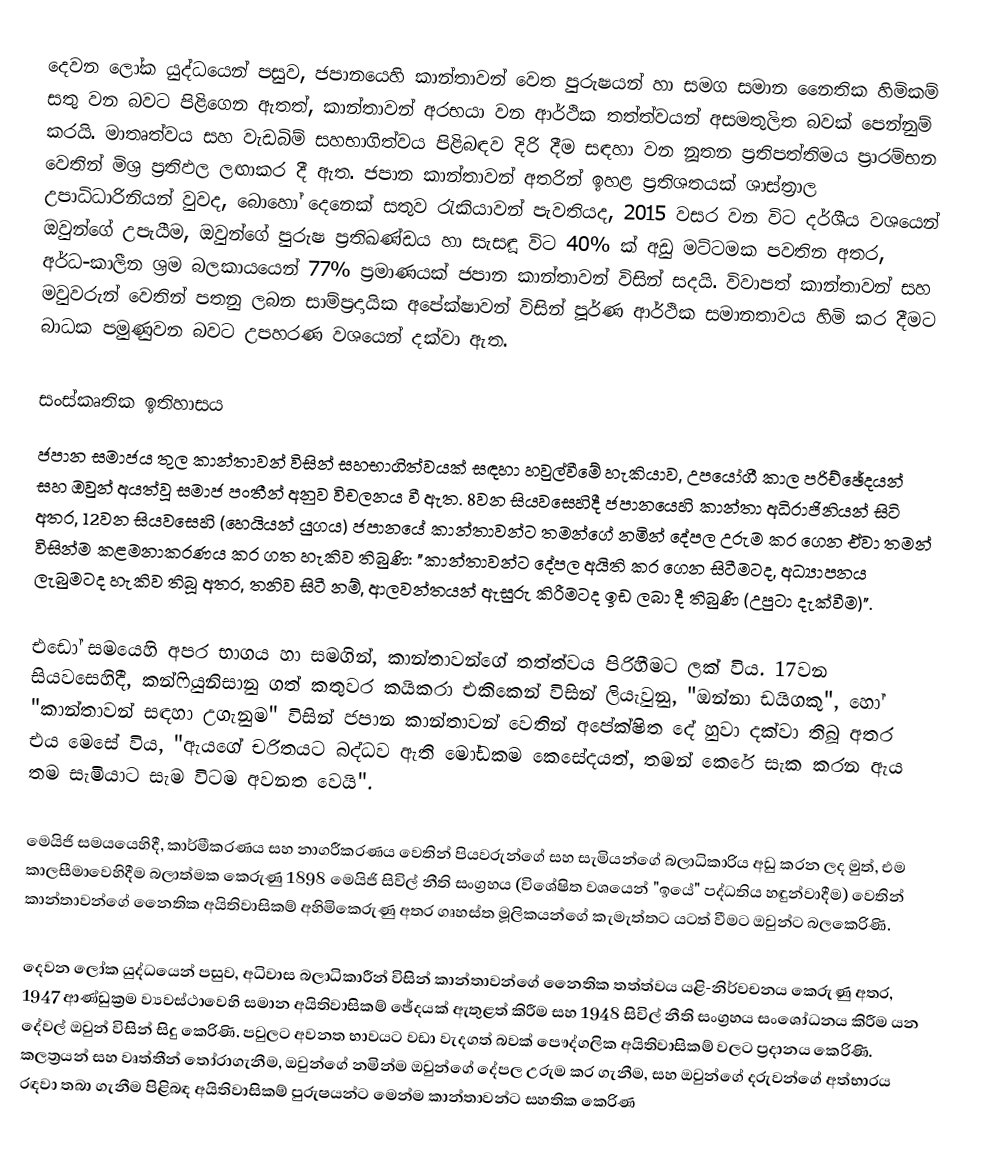
දෙවන ලෝක යුද්ධයෙන් පසුව, ජපානයෙහි කාන්තාවන් වෙත පුරුෂයන්  හා සමග සමාන නෛතික හිමිකම් සතු වන බවට පිළිගෙන ඇතත්,  කාන්තාවන් අරභයා වන ආර්ථික තත්ත්වයන් අසමතුලිත බවක් පෙන්නුම් කරයි. මාතෘත්වය සහ වැඩබිම් සහභාගිත්වය පිළිබඳව දිරි දීම සඳහා වන නූතන ප්‍රතිපත්තිමය ප්‍රාරම්භන වෙතින් මිශ්‍ර ප්‍රතිඵල ලඟාකර දී ඇත. ජපාන කාන්තාවන් අතරින් ඉහළ ප්‍රතිශතයක් ශාස්ත්‍රාල උපාධිධාරිනියන් වුවද, බොහෝ දෙනෙක් සතුව රැකියාවන් පැවතියද, 2015 වසර වන විට දර්ශීය වශයෙන් ඔවුන්ගේ උපැයීම, ඔවුන්ගේ පුරුෂ  ප්‍රතිඛණ්ඩය හා සැසඳූ විට 40% ක් අඩු මට්ටමක පවතින අතර, අර්ධ-කාලීන ශ්‍රම බලකායයෙන් 77% ප්‍රමාණයක් ජපාන කාන්තාවන් විසින් සදයි. විවාපත් කාන්තාවන් සහ මවුවරුන් වෙතින් පතනු ලබන සාම්ප්‍රදායික අපේක්ෂාවන් විසින් පූර්ණ ආර්ථික සමානතාවය හිමි කර දීමට බාධක පමුණුවන බවට උපහරණ වශයෙන් දක්වා ඇත.

සංස්කෘතික ඉතිහාසය
ජපාන සමාජය තුල කාන්තාවන් විසින් සහභාගිත්වයක් සඳහා හවුල්වීමේ හැකියාව, උපයෝගී කාල පරිච්ඡේදයන් සහ ඔවුන් අයත්වූ සමාජ පංතීන් අනුව විචලනය වී ඇත. 8වන සියවසෙහිදී  ජපානයෙහි කාන්තා අධිරාජිනියන් සිටි අතර, 12වන සියවසෙහි (හෙයියන් යුගය) ජපානයේ කාන්තාවන්ට තමන්ගේ නමින් දේපල උරුම කර ගෙන ඒවා තමන් විසින්ම කළමනාකරණය කර ගත හැකිව තිබුණි: "කාන්තාවන්ට දේපල අයිති කර ගෙන සිටීමටද, අධ්‍යාපනය ලැබුමටද හැකිව තිබූ අතර, තනිව සිටී නම්, ආලවන්තයන් ඇසුරු කිරීමටද ඉඩ ලබා දී තිබුණි (උපුටා දැක්වීම)".

එඩෝ සමයෙහි අපර භාගය හා සමගින්, කාන්තාවන්ගේ තත්ත්වය පිරිහීමට ලක් විය. 17වන සියවසෙහිදී, කන්ෆියුනිසානු ගත් කතුවර කයිකරා එකිකෙන් විසින් ලියැවුනු, "ඔන්නා ඩයිගකු", හෝ "කාන්තාවන් සඳහා උගැනුම" විසින් ජපාන කාන්තාවන් වෙතින් අපේක්ෂිත දේ හුවා දක්වා තිබූ අතර එය මෙසේ විය, "ඇයගේ චරිතයට බද්ධව ඇති මෝඩකම කෙසේදයත්, තමන් කෙරේ සැක කරන ඇය තම සැමියාට  සැම විටම අවනත වෙයි".

මෙයිජි සමයයෙහිදී, කාර්මීකරණය සහ නාගරීකරණය වෙතින් පියවරුන්ගේ සහ සැමියන්ගේ බලාධිකාරිය අඩු කරන ලද මුත්, එම කාලසීමාවෙහිදීම බලාත්මක කෙරුණු 1898 මෙයිජි සිවිල් නීති සංග්‍රහය (විශේෂිත වශයෙන් "ඉයේ" පද්ධතිය හඳුන්වාදීම) වෙතින් කාන්තාවන්ගේ නෛතික අයිතිවාසිකම් අහිමිකෙරුණු අතර ගෘහස්ත මූලිකයන්ගේ කැමැත්තට යටත් වීමට ඔවුන්ට බලකෙරිණි.

දෙවන ලෝක යුද්ධයෙන් පසුව, අධිවාස බලාධිකාරීන් විසින් කාන්තාවන්ගේ නෛතික තත්ත්වය යළි-නිර්වචනය කෙරුණු අතර, 1947 ආණ්ඩුක්‍රම ව්‍යවස්ථාවෙහි සමාන අයිතිවාසිකම් ඡේදයක් ඇතුළත් කිරීම සහ  1948 සිවිල් නීති සංග්‍රහය සංශෝධනය කිරීම යන දේවල් ඔවුන් විසින් සිදු කෙරිණි. පවුලට අවනත භාවයට වඩා වැදගත් බවක් පෞද්ගලික අයිතිවාසිකම් වලට ප්‍රදානය කෙරිණි. කලත්‍රයන් සහ වෘත්තීන් තෝරාගැනීම, ඔවුන්ගේ නමින්ම ඔවුන්ගේ දේපල උරුම කර ගැනීම, සහ ඔවුන්ගේ දරුවන්ගේ අත්භාරය රඳවා තබා ගැනීම පිළිබඳ අයිතිවාසිකම් පුරුෂයන්ට මෙන්ම කාන්තාවන්ට සහතික කෙරිණ